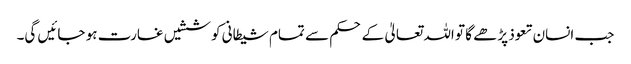
جب انسان تعوذ پڑھے گا تو اللہ تعالیٰ کے حکم سے تمام شیطانی کوششیں غارت ہو جائیں گی۔